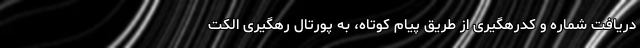
دریافت شماره و کدرهگیری از طریق پیام کوتاه، به پورتال رهگیری الکت